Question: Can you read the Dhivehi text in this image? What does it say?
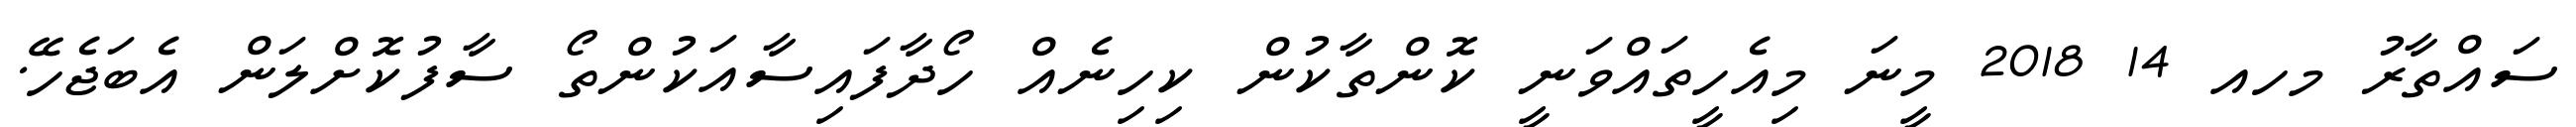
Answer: ސައްތާރު މހއ 14 2018 މީނަ މިއެހީތައްވަނީ ކޮންތާކުން ކިހިނެއް ހޯދާފައިސާއަކުންތޯ ސާފުކޮށްލަން އެބަޖެހޭ.